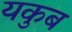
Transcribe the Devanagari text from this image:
यकुब